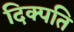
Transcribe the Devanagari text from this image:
दिक्पति